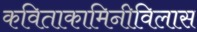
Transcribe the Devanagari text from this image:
कविताकामिनीविलास